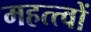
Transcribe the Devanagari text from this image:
महत्त्वों